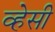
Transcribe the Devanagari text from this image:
व्हेसी